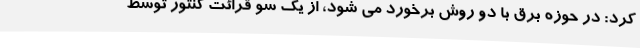
کرد: در حوزه برق با دو روش برخورد می شود، از یک سو قرائت کنتور توسط